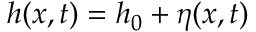
h ( x , t ) = h _ { 0 } + \eta ( x , t )